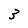
Character: 3